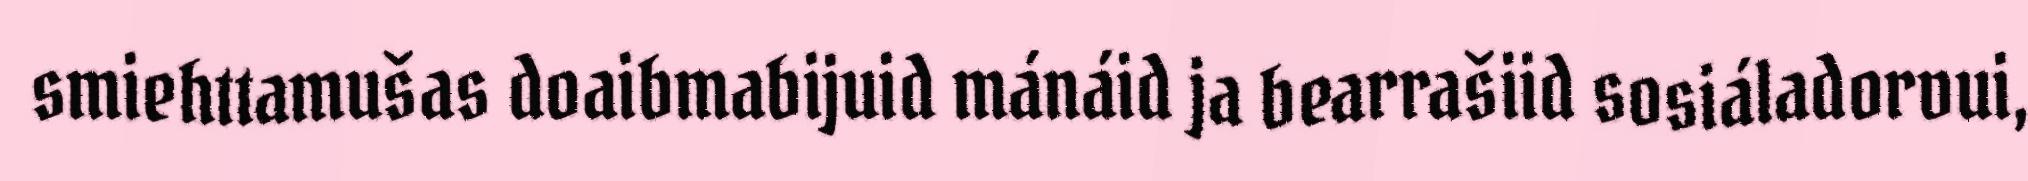
smiehttamušas doaibmabijuid mánáid ja bearrašiid sosiáladorvui,